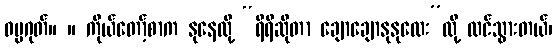
ဓမ္မဂုတ်။ ။ ကိုယ်တော့်စာက နုနေလို့ “ရီရီဆိုတာ ချောချောနုနုလေး”လို့ ထင်သွားတယ်၊